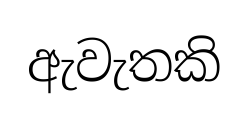
ඇවැතකි